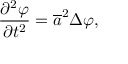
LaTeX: { \frac { \partial ^ { 2 } \varphi } { \partial t ^ { 2 } } } = { \overline { { a } } } ^ { 2 } \Delta \varphi ,